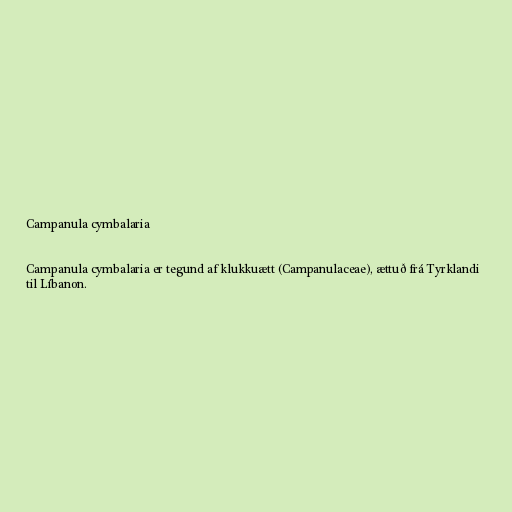
Campanula cymbalaria

Campanula cymbalaria er tegund af klukkuætt (Campanulaceae), ættuð frá Tyrklandi
til Líbanon.